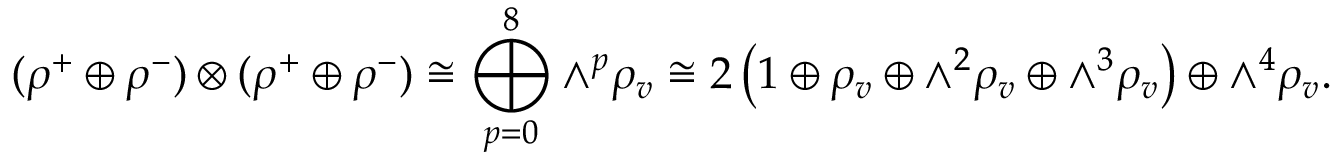
( \rho ^ { + } \oplus \rho ^ { - } ) \otimes ( \rho ^ { + } \oplus \rho ^ { - } ) \cong \bigoplus _ { p = 0 } ^ { 8 } { \wedge } ^ { p } \rho _ { v } \cong 2 \left( 1 \oplus \rho _ { v } \oplus { \wedge } ^ { 2 } \rho _ { v } \oplus { \wedge } ^ { 3 } \rho _ { v } \right) \oplus { \wedge } ^ { 4 } \rho _ { v } .